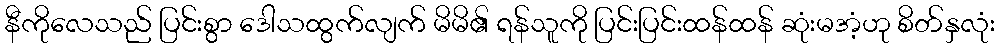
နီကိုလေသည် ပြင်းစွာ ဒေါသထွက်လျက် မိမိ၏ ရန်သူကို ပြင်းပြင်းထန်ထန် ဆုံးမအံ့ဟု စိတ်နှလုံး